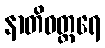
နာတိဝတ္တရေ